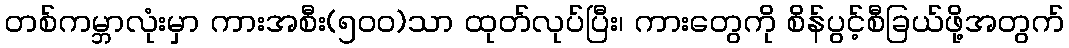
တစ်ကမ္ဘာလုံးမှာ ကားအစီး(၅၀၀)သာ ထုတ်လုပ်ပြီး၊ ကားတွေကို စိန်ပွင့်စီခြယ်ဖို့အတွက်